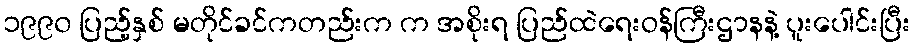
၁၉၉၀ ပြည့်နှစ် မတိုင်ခင်ကတည်းက က အစိုးရ ပြည်ထဲရေးဝန်ကြီးဌာနနဲ့ ပူးပေါင်းပြီး